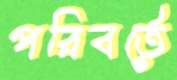
পরিবর্তে